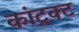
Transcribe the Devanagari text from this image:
कांट्रक्ट